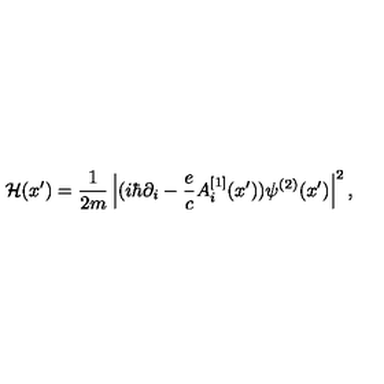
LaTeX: { \cal H } ( x { ' } ) = { \frac { 1 } { 2 m } } \left| ( i \hbar \partial _ { i } - { \frac { e } { c } } A _ { i } ^ { [ 1 ] } ( x { ' } ) ) \psi ^ { ( 2 ) } ( x { ' } ) \right| ^ { 2 } ,